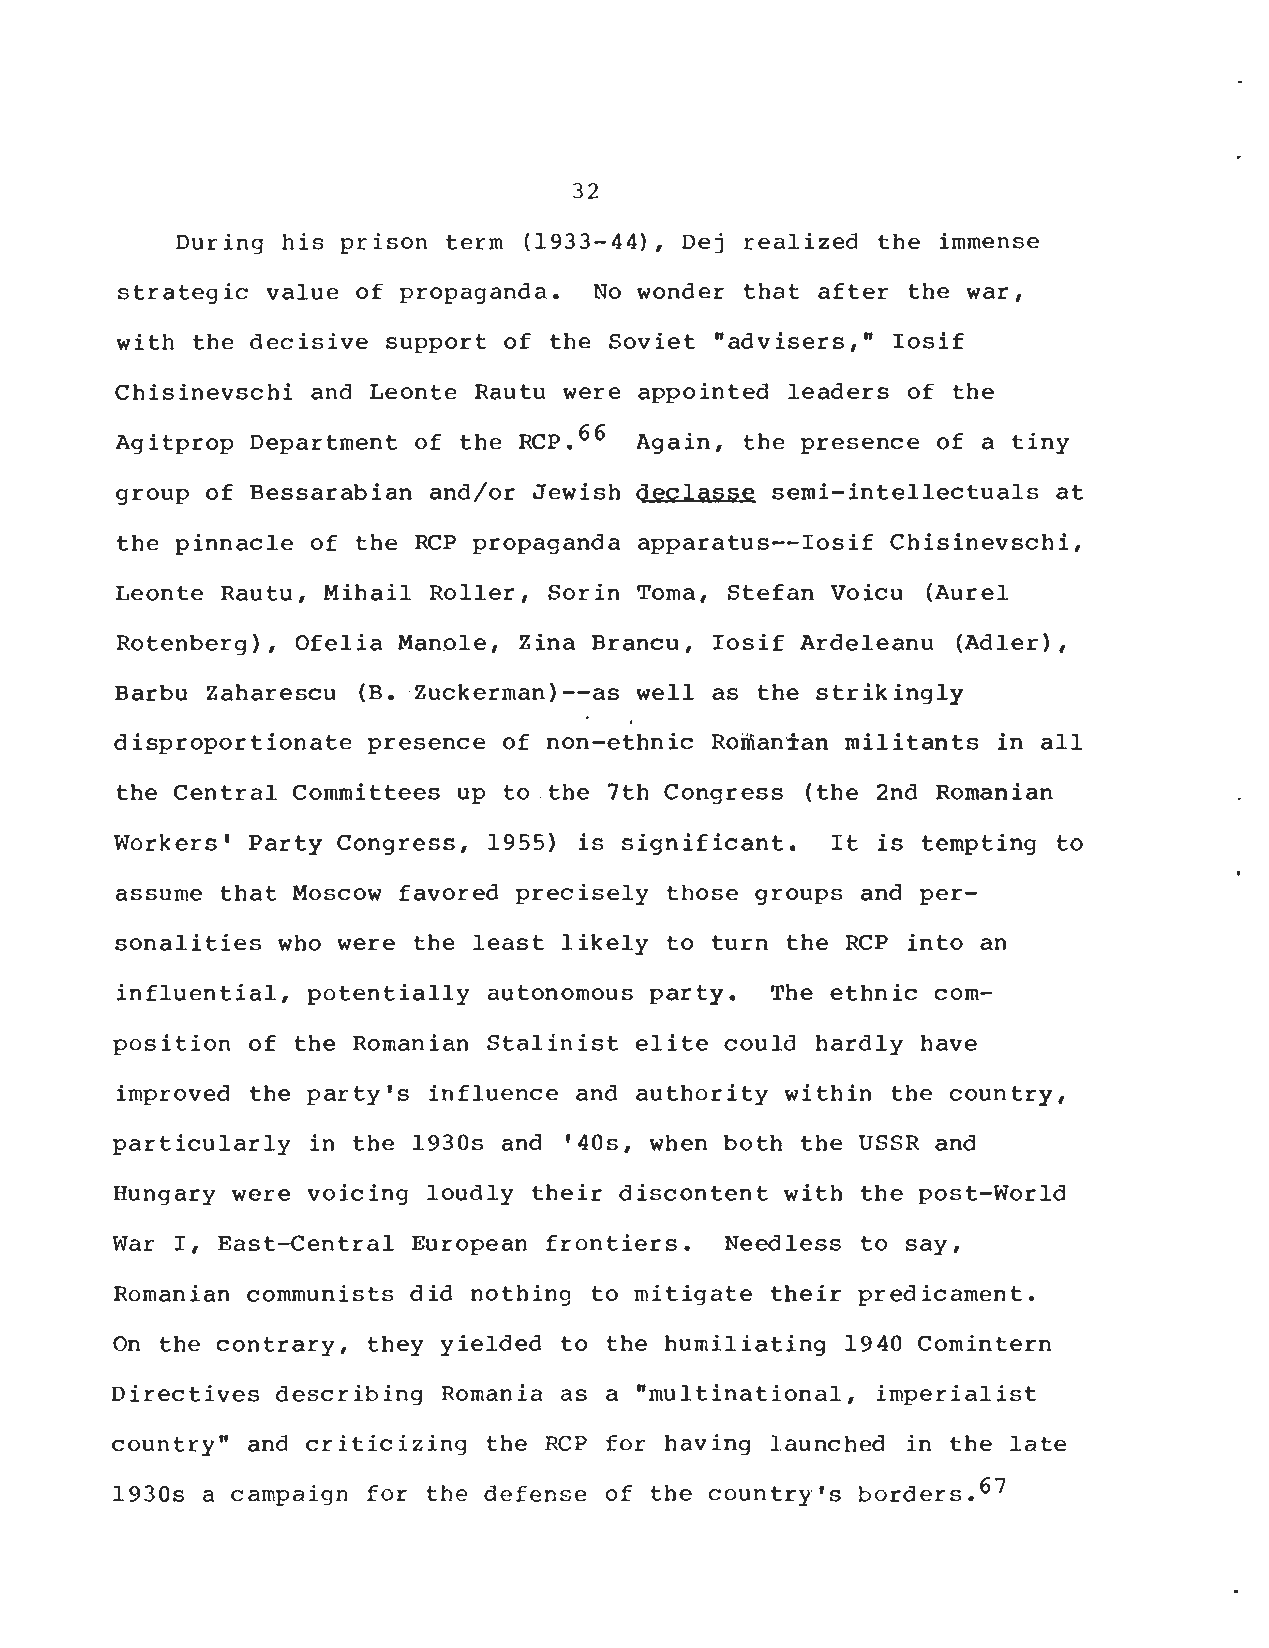
3 2
 During his prison term (1933-44), Dej realized the immense
 strategic value of propaganda . No wonder that after the war ,
 with the decisive support of the Soviet "advisers," Iosi f
 Chisinevschi and Leonte Rautu were appointed leaders of th e
 Agitprop Department of the RCP . 66 Again, the presence of a tiny
 group of Bessarabian and/or Jewish declasse semi-intellectuals at
 the pinnacle of the RCP propaganda apparatus--Iosif Chisinevschi ,
 Leonte Rautu, Mihail Roller, Sorin Toma, Stefan Voicu (Aurel
 Rotenberg), Ofelia Manole, Zina Brancu, Iosif Ardeleanu (Adler) ,
 Barbu Zaharescu (B . Zuckerman)--as well as the strikingl y
 disproportionate presence of non-ethnic Romanian militants in all
 the Central Committees up to the 7th Congress (the 2nd Romanian
 Workers' Party Congress, 1955) is significant . It is tempting to
 assume that Moscow favored precisely those groups and per-
 sonalities who were the least likely to turn the RCP into an
 influential, potentially autonomous party . The ethnic com-
 position of the Romanian Stalinist elite could hardly have
 improved the party's influence and authority within the country ,
 particularly in the 1930s and '40s, when both the USSR and
 Hungary were voioing loudly their discontent with the post-World
 War I, East-Central European frontiers . Needless to say ,
 Romanian communists did nothing to mitigate their predicament .
 On the contrary, they yielded to the humiliating 1940 Comintern
 Directives describing Romania as a "multinational, imperialis t
 country" and criticizing the RCP for having launched in the late
 1930s a campaign for the defense of the country's borders . 67